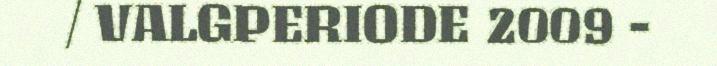
/ VALGPERIODE 2009 -